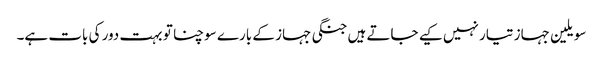
سویلین جہاز تیار نہیں کیے جاتے ہیں جنگی جہاز کے بارے سوچنا تو بہت دور کی بات ہے۔